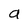
Character: a